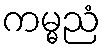
ကမ္မညံ